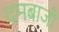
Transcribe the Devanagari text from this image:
दमबाजी